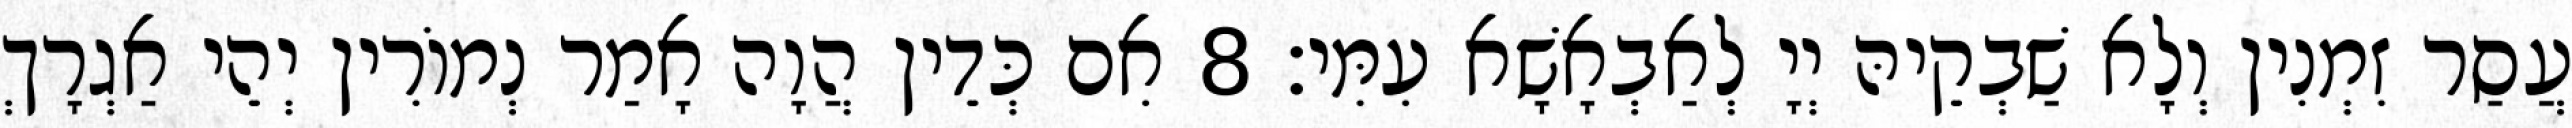
עֲסַר זִמְנִין וְלָא שַׁבְקֵיהּ יְיָ לְאַבְאָשָׁא עִמִּי׃ 8 אִם כְּדֵין הֲוָה אָמַר נְמוֹרִין יְהֵי אַגְרָךְ